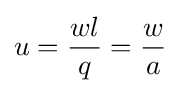
u={\frac {wl}{q}}={\frac {w}{a}}